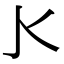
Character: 𰛅